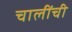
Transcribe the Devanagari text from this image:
चालींची